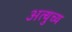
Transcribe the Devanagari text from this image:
अत्युच्य